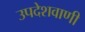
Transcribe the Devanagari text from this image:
उपदेशवाणी